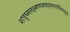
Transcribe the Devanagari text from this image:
शत्रुघ्नलक्ष्मणभवद्भरतार्चिताङ्घ्रे